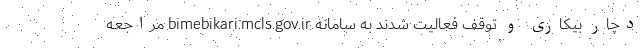
دچار بیکاری و توقف فعالیت شدند به سامانه bimebikari.mcls.gov.ir مراجعه